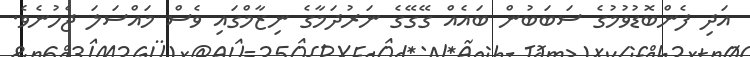
އަދި ފެންބޮޑުވުމުގެ ސަބަބުން ބައެއް ގޭގޭގެ ނަރުދަމާގެ ނިޒާމްގައި ވެސް މައްސަލަ ޖެހުނެވެ.